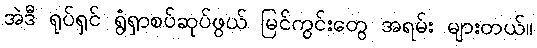
အဲဒီ ရုပ်ရှင် ရွံရှာစပ်ဆုပ်ဖွယ် မြင်ကွင်းတွေ အရမ်း များတယ်။